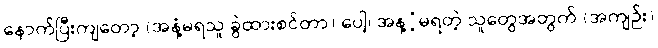
နောက်ပြီးကျတော့ (အနံ့မရသူ ခွဲထားစင်တာ) ပေါ့၊ အန့ံ့မရတဲ့ သူတွေအတွက် (အကျဉ်း)